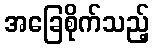
အခြေစိုက်သည့်